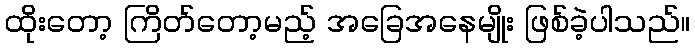
ထိုးတော့ ကြိတ်တော့မည့် အခြေအနေမျိုး ဖြစ်ခဲ့ပါသည်။